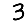
Digit: 3